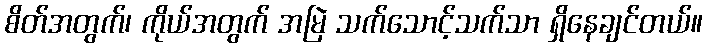
စိတ်အတွက်၊ ကိုယ်အတွက် အမြဲ သက်သောင့်သက်သာ ရှိနေချင်တယ်။